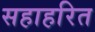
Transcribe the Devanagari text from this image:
सहाहरित